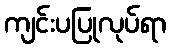
ကျင်းပပြုလုပ်ရာ